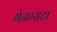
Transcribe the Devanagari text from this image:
गेनग्सटा